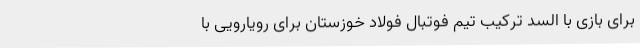
برای بازی با السد ترکیب تیم فوتبال فولاد خوزستان برای رویارویی با